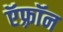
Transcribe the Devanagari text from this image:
ऍफ़्रॉन